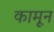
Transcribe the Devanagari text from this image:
कामून